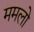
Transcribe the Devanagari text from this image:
ममलो